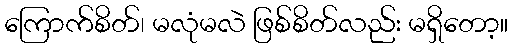
ကြောက်စိတ်၊ မလုံမလဲ ဖြစ်စိတ်လည်း မရှိတော့။